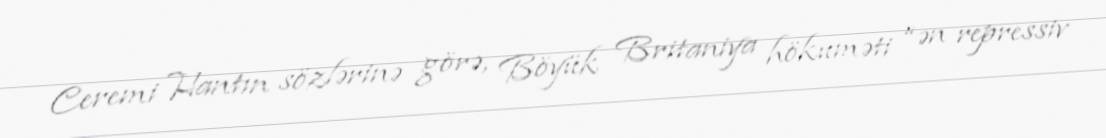
Ceremi Hantın sözlərinə görə, Böyük Britaniya hökuməti “ən repressiv